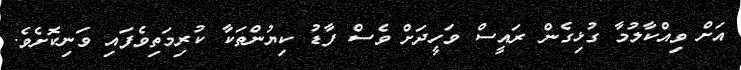
އަށް ވިއްކާލުމާ ގުޅިގެން ރައީސް ވަހީދަށް ވެސް ފާޑު ކިޔުންތަކާ ކުރިމަތިވެފައި ވަނިކޮށެވެ.